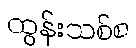
ထွန်းသစ်စ